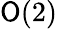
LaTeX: \mathsf{O}(2)